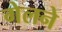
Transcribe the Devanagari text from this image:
गेलने